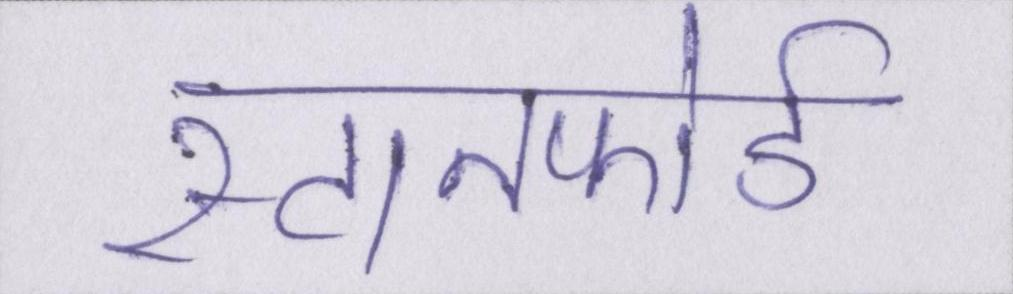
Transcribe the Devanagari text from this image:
स्टानफोर्ड